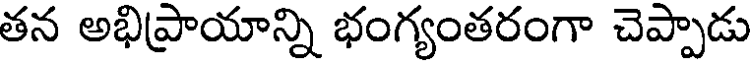
తన అభిప్రాయాన్ని భంగ్యంతరంగా చెప్పాడు